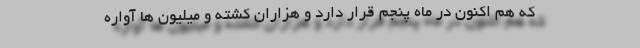
که هم اکنون در ماه پنجم قرار دارد و هزاران کشته و میلیون ها آواره